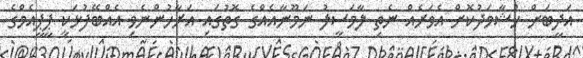
އަދީބަށް ހުޝާމަދުކޮށް އެވަރެއް ނެތި ލާމަސީލު ނަމޫނާއެއްގެ ގޮތުގައި އަރާހުންނެވި އެއްބޭފުޅަކީ ޕީޕީއެމްގެ